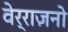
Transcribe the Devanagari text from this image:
वेर्राज़नो